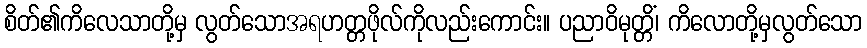
စိတ်၏ကိလေသာတို့မှ လွတ်သောအရဟတ္တဖိုလ်ကိုလည်းကောင်း။ ပညာဝိမုတ္တိံ၊ ကိလောတို့မှလွတ်သော